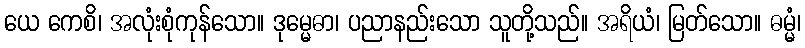
ယေ ကေစိ၊ အလုံးစုံကုန်သော။ ဒုမ္မေဓာ၊ ပညာနည်းသော သူတို့သည်။ အရိယံ၊ မြတ်သော။ ဓမ္မံ၊